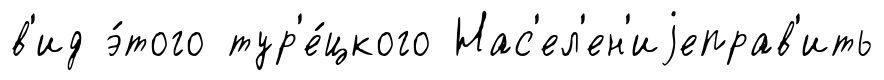
в'ид э́того тур'е́цкого Нас'ел'ен'иjеправ'ить